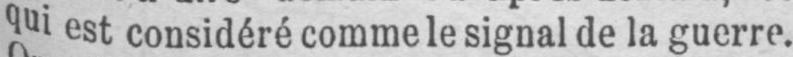
qui est considéré comme le signal de la guerre.